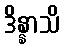
ဒိန္နာသိ